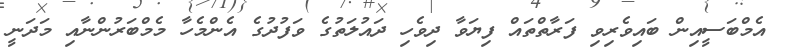
އެމްބަސީއިން ބައިވެރިވި ފަރާތްތައް ފިޔަވާ ދިވެހި ދައުލަތުގެ ވަފުދުގެ އެންމެހާ މެމްބަރުންނާއި މަދަނީ